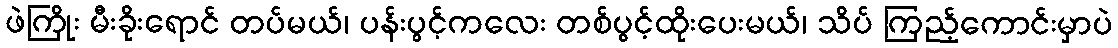
ဖဲကြိုး မီးခိုးရောင် တပ်မယ်၊ ပန်းပွင့်ကလေး တစ်ပွင့်ထိုးပေးမယ်၊ သိပ် ကြည့်ကောင်းမှာပဲ